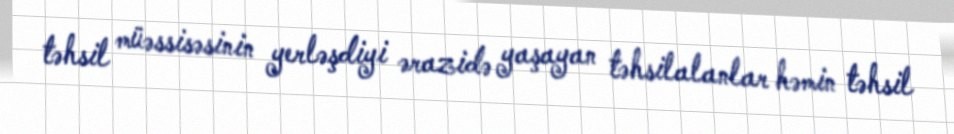
təhsil müəssisəsinin yerləşdiyi ərazidə yaşayan təhsilalanlar həmin təhsil